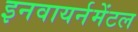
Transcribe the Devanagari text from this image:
इनवायर्नमेंटल